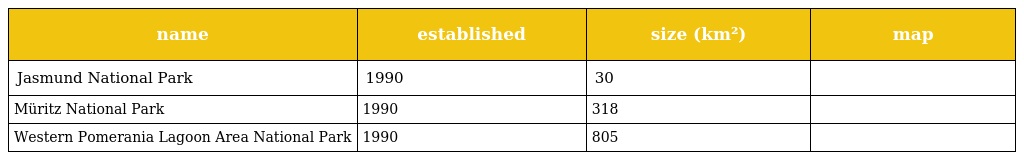
| name | established | size (km²) | map |
 | --- | --- | --- | --- |
 | Jasmund National Park | 1990 | 30 |  |
 | Müritz National Park | 1990 | 318 |  |
 | Western Pomerania Lagoon Area National Park | 1990 | 805 |  |